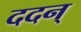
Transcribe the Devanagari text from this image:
ददन्